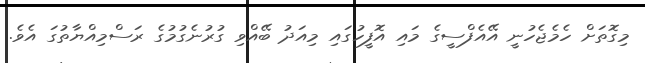
މިގޮތަށް ހެމެޖެހުނީ އޭއެފްސީގެ މައި އޮފީހުގައި މިއަދު ބޭއްވި ގުރުނެގުމުގެ ރަސްމިއްޔާތުގަ އެވެ.